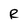
Character: R